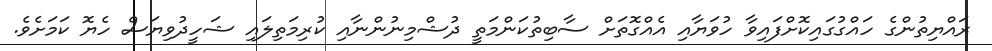
ރައްޔިތުންގެ ހައްގުގައިކޮށްފައިވާ ހުވަޔާއި އެއްގޮތަށް ސާބިތުކަންމަތީ ދުޝްމިނުންނާއި ކުރިމަތިލައި ޝަހީދުވިޔަސް ހެޔޮ ކަމަށެވެ.